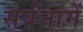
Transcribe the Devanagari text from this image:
सर्वंनामें